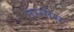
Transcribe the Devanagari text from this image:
तस्नीम